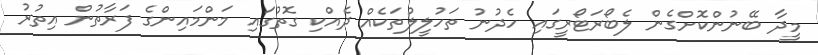
މީދާ ބޭނުންކޮށްގެން ލެބޯރަޓޯރީގައި ހެދުނު ތަހުލީލުތަކެއް ދެއްކި ގޮތުގައި މަންމައިންގެ ފަރާތުން އިތުރު